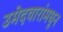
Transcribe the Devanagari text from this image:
उमेदवारांमधून